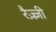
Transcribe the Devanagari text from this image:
रैज़्ज़ी